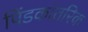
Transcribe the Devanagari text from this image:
पिंडकांतरिक